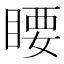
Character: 䁏